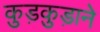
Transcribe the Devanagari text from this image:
कुड़कुड़ाने